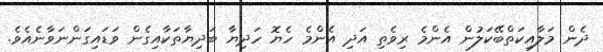
ދެން މަލާއިކަތްބޭކަލުން އެންމެ ރިވެތި އަދި އެންމެ ހެޔޮ ހަދިޔާ ބަދިޔާތަކާއިގެން ވަޑައިގަންނަވާނެއެވެ.